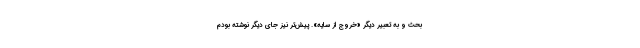
بحث و به تعبیر دیگر «خروج از سایه». پیش‌تر نیز جای دیگر نوشته بودم